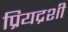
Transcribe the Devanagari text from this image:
प्रियद्रशी